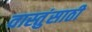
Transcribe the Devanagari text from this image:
वास्तुंसाठी